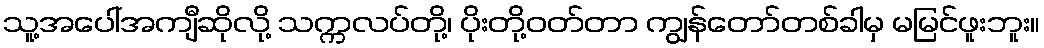
သူ့အပေါ်အကျီဆိုလို့ သက္ကလပ်တို့၊ ပိုးတို့ဝတ်တာ ကျွန်တော်တစ်ခါမှ မမြင်ဖူးဘူး။